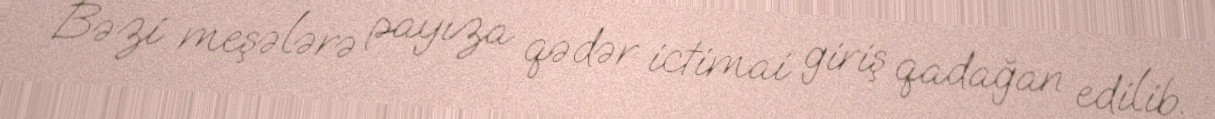
Bəzi meşələrə payıza qədər ictimai giriş qadağan edilib.